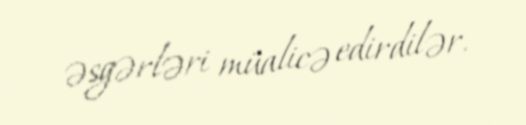
əsgərləri müalicə edirdilər.